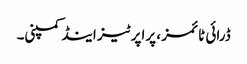
ڈرائی ٹائمز ، پراپرٹیز اینڈ کمپنی۔